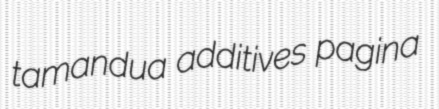
tamandua additives pagina